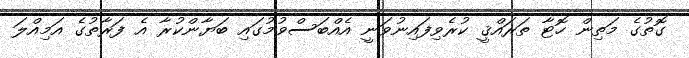
ގޮތުގެ މަތިން ހޮޓާ ތަރައްޤީ ކުރެވިފައިނުވަނީ އެއްބަސްވުމުގައި ބަޔާންކުރާ އެ ފަރާތުގެ އަމިއްލަ